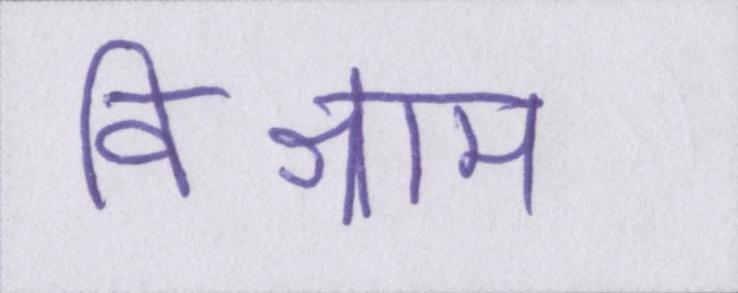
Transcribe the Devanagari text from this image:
विश्राम